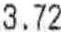
3.72